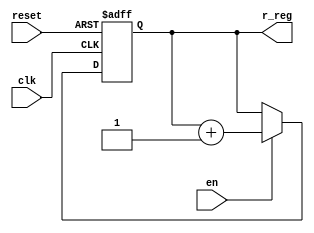
`timescale 1ns / 1ps
//////////////////////////////////////////////////////////////////////////////////
// Company: 
// 
// Design Name: 
// Module Name:    sc 
// Project Name: 
// Target Devices: 
// Tool versions: 
// Description: 
//
// Dependencies: 
//
// Revision: 
// Revision 0.01 - File Created
// Additional Comments: 
//
//////////////////////////////////////////////////////////////////////////////////
module sc #(parameter n=4)(
    input clk,en,
    input reset,
    output reg[n-1:0] r_reg
    );
	 
	//reg [n-1:0] r_reg;
	//wire [n-1:0] r_nxt;
	 
	always@(posedge clk,posedge reset)
		if(reset)
			r_reg <= 0;
		else if(en)
			r_reg <= r_reg+1;
			
	//assign r_nxt = r_reg + 1'b1;
	//assign signal = r_reg;
			
endmodule